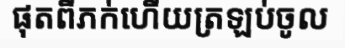
ផុតពីភក់ហើយត្រឡប់ចូល